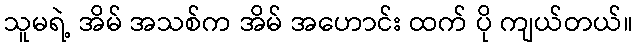
သူမရဲ့ အိမ် အသစ်က အိမ် အဟောင်း ထက် ပို ကျယ်တယ်။